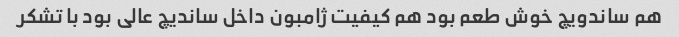
هم ساندویچ خوش طعم بود هم کیفیت ژامبون داخل ساندیچ عالی بود با تشکر